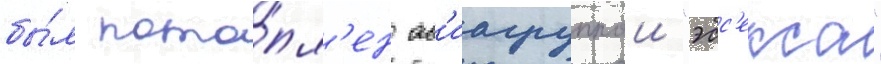
бы́л пото́пл'ен ав'иагруппои "эсс'екса"